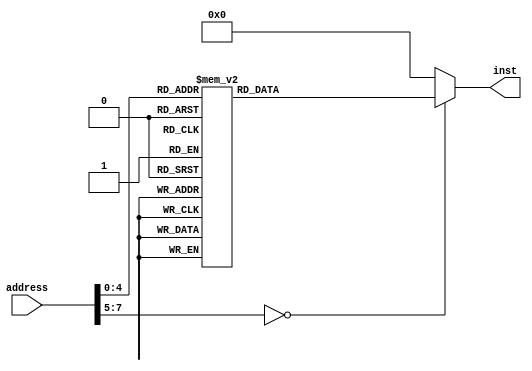
/*
   This file was generated automatically by the Mojo IDE version B1.3.6.
   Do not edit this file directly. Instead edit the original Lucid source.
   This is a temporary file and any changes made to it will be destroyed.
*/

module instRom_4 (
    input [7:0] address,
    output reg [15:0] inst
  );
  
  
  
  always @* begin
    inst = 16'h0000;
    
    case (address)
      1'h0: begin
        inst = 16'h3200;
      end
      1'h1: begin
        inst = 16'h3180;
      end
      2'h2: begin
        inst = 16'h2210;
      end
      2'h3: begin
        inst = 16'h3101;
      end
      3'h4: begin
        inst = 16'h8221;
      end
      3'h5: begin
        inst = 16'h3f01;
      end
      3'h6: begin
        inst = 16'h3007;
      end
      3'h7: begin
        inst = 16'h3b00;
      end
      4'h8: begin
        inst = 16'h3c00;
      end
      4'h9: begin
        inst = 16'h3d00;
      end
      4'ha: begin
        inst = 16'h3101;
      end
      4'hb: begin
        inst = 16'h8bb1;
      end
      4'hc: begin
        inst = 16'h6b00;
      end
      4'hd: begin
        inst = 16'h300b;
      end
      4'he: begin
        inst = 16'h8cc1;
      end
      4'hf: begin
        inst = 16'h6c00;
      end
      5'h10: begin
        inst = 16'h300b;
      end
      5'h11: begin
        inst = 16'h8dd1;
      end
      5'h12: begin
        inst = 16'h6d00;
      end
      5'h13: begin
        inst = 16'h300b;
      end
      5'h14: begin
        inst = 16'h3100;
      end
      5'h15: begin
        inst = 16'h80f1;
      end
    endcase
  end
endmodule